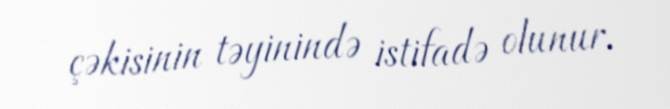
çəkisinin təyinində istifadə olunur.